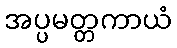
အပ္ပမတ္တကာယံ